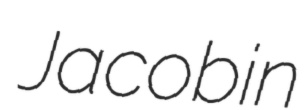
Jacobin